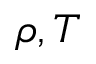
\rho , T